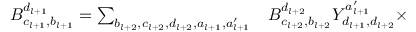
\begin{array} { r l } { B _ { c _ { l + 1 } , b _ { l + 1 } } ^ { d _ { l + 1 } } = \sum _ { b _ { l + 2 } , c _ { l + 2 } , d _ { l + 2 } , a _ { l + 1 } , a _ { l + 1 } ^ { \prime } } } & { { } B _ { c _ { l + 2 } , b _ { l + 2 } } ^ { d _ { l + 2 } } Y _ { d _ { l + 1 } , d _ { l + 2 } } ^ { a _ { l + 1 } ^ { \prime } } \times } \end{array}